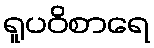
ရူပဝိစာရေ